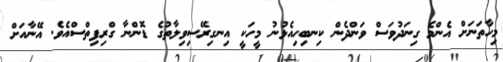
މިހާތަނަށް އެންމެ ގިނަދުވަސް ވަންދެން ކިނބިހިއެޅުނު މީހަކީ އިނގިރޭސިވިލާތުގެ ޑޮންނާ ގްރިފިތްސްއެވެ. އޭނާއަށް